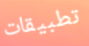
تطبيقات